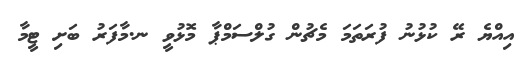
އިއްޔެ ރޭ ކުޅުނު ފުރަތަމަ މެޗުން ގުލްސަމްޕާ މޮޅުވީ ނ.މާފަރު ބަށި ޓީމާ